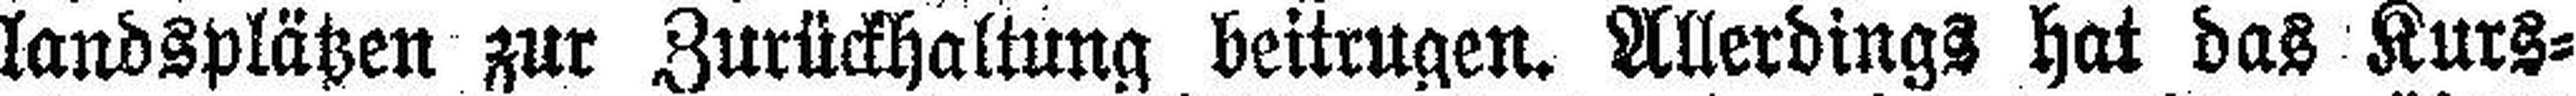
landsplätzen zur Zurückhaltung beitrugen. Allerdings hat das Kurs¬